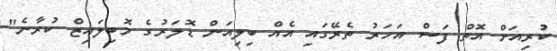
ކުރިއަށް އޮތް ފަސް އަހަރު ތެރޭގައި އެއް ބިލިއަން ޑޮލަރުގެ މޮބިލައިޒް ކުރާނެ"